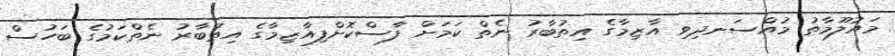
މައުލޫމާތު މުއްސަނދިވި އާޒިމާގެ އިތުބާރު ނެތް ކަމަށް ފާސްކޮށްފިއާޒިމާގެ އިތުބާރު ނެތްކަމުގެ ބަހުސް